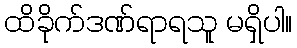
ထိခိုက်ဒဏ်ရာရသူ မရှိပါ။